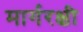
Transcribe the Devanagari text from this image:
मार्गरक्षी